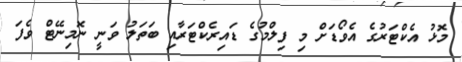
މޮޅު އެކްޓަރުގެ އެވޯޑަށް މި ފިލްމުގެ ޑައިރެކްޓަރާއި ބަތަލު ވަނީ ނޮމިނޭޓް ވެފަ